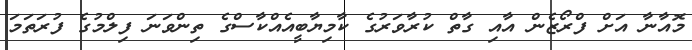
މޮއާނާ އަށް ފްރޯޒެން އާއި ގާތް ކުރާވަރުގެ ކާމިޔާބީއެއްކާސްގެ ތިންވަނަ ފިލްމުގެ ފުރަތަމަ